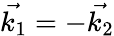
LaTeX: \vec{k_{1}}=-\vec{k_{2}}